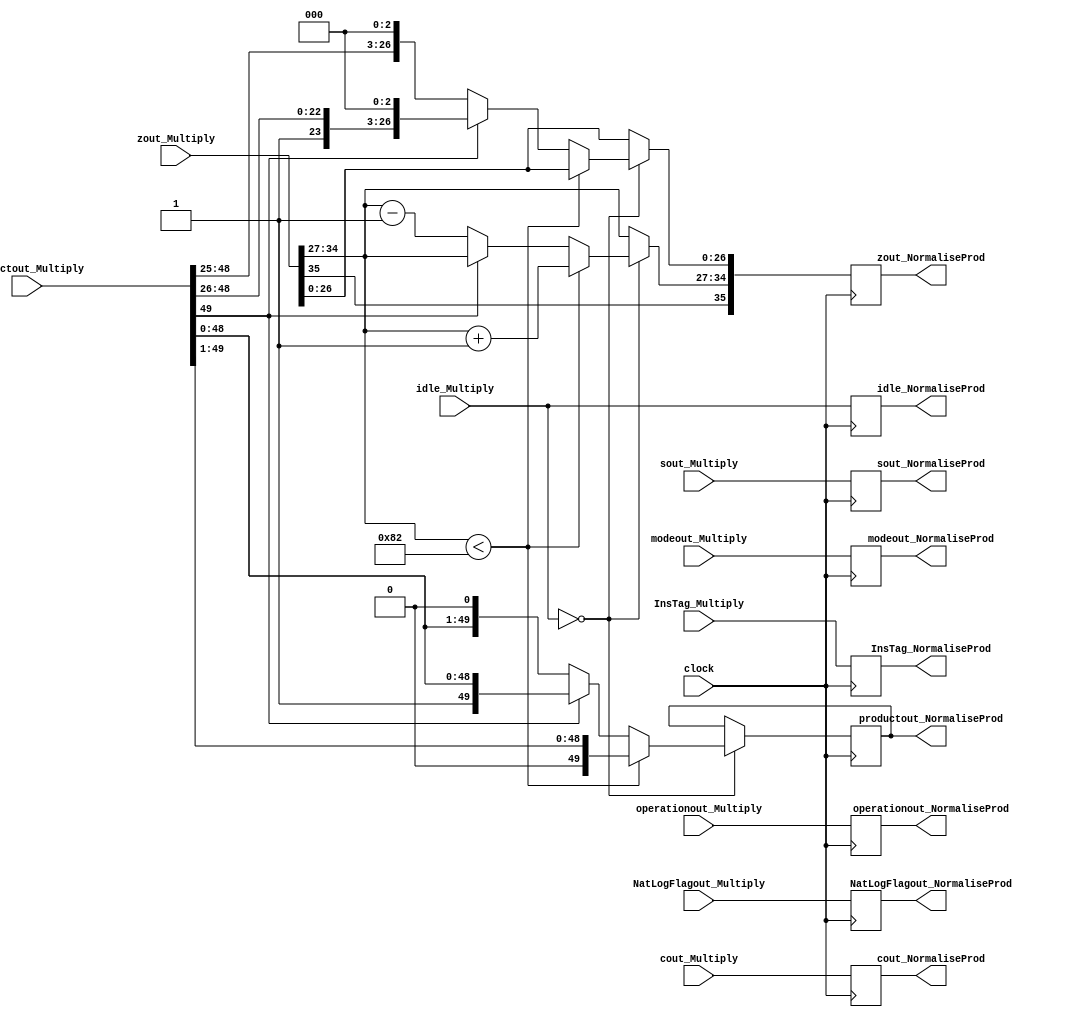
`timescale 1ns / 1ps
//////////////////////////////////////////////////////////////////////////////////
// Company: 
// Engineer: 
// 
// Design Name: 
// Module Name:    NormaliseProd 
// Project Name: 
// Target Devices: 
// Tool versions: 
// Description: 
//
// Dependencies: 
//
// Revision: 
// Revision 0.01 - File Created
// Additional Comments: 
//
//////////////////////////////////////////////////////////////////////////////////
module NormaliseProd(
	input [35:0] cout_Multiply,
	input [35:0] zout_Multiply,
	input [31:0] sout_Multiply,
	input [49:0] productout_Multiply,
	input [1:0] modeout_Multiply,
	input operationout_Multiply,
	input NatLogFlagout_Multiply,
	input [7:0] InsTag_Multiply,
	input clock,
	input [1:0] idle_Multiply,
	output reg [1:0] idle_NormaliseProd,
	output reg [35:0] cout_NormaliseProd,
	output reg [35:0] zout_NormaliseProd,
	output reg [31:0] sout_NormaliseProd,
	output reg [1:0]  modeout_NormaliseProd,
	output reg operationout_NormaliseProd,
	output reg NatLogFlagout_NormaliseProd,
	output reg [49:0] productout_NormaliseProd,
	output reg [7:0] InsTag_NormaliseProd
   );
	 
parameter mode_circular  =2'b01, 
			 mode_linear    =2'b00, 
			 mode_hyperbolic=2'b11;

parameter no_idle = 2'b00,
			 allign_idle = 2'b01,
			 put_idle = 2'b10;

wire z_sign;
wire [7:0] z_exponent;
wire [26:0] z_mantissa;

assign z_sign = zout_Multiply[35];
assign z_exponent = zout_Multiply[34:27];
assign z_mantissa = {zout_Multiply[26:0]};

always @ (posedge clock) begin
	
	InsTag_NormaliseProd <= InsTag_Multiply;
	sout_NormaliseProd <= sout_Multiply;
	cout_NormaliseProd <= cout_Multiply;
	modeout_NormaliseProd <= modeout_Multiply;
	operationout_NormaliseProd <= operationout_Multiply;
	idle_NormaliseProd <= idle_Multiply;
	NatLogFlagout_NormaliseProd <= NatLogFlagout_Multiply;
	
	if (idle_Multiply == no_idle) begin
	
		// This case will never arise. This is because for input with exponent less than -12 multiply isn't used.
		if ($signed(z_exponent) < -126) begin
			zout_NormaliseProd[35] <= z_sign;
         zout_NormaliseProd[34:27] <= z_exponent + 1;
			zout_NormaliseProd[26:0]  <= z_mantissa;
         productout_NormaliseProd <= productout_Multiply >> 1;
		end
			
		// This could be problematic. Will have to test for average number of cycles
		// Current solution is to hard code for all cases like normalisation in addition.
		else if (productout_Multiply[49] == 0) begin
			zout_NormaliseProd[35] <= z_sign;
			zout_NormaliseProd[34:27] <= z_exponent - 1;
			//zout_NormaliseProd[26:0] <= product[48:25];
			zout_NormaliseProd[26:0] <= {productout_Multiply[48:25] , 3'd0};
			productout_NormaliseProd <= productout_Multiply << 1;
		end
		
		else begin
			zout_NormaliseProd[35] <= z_sign;
			zout_NormaliseProd[34:27] <= z_exponent;
			//z_mantissa <= productout_Multiply[49:26];
			zout_NormaliseProd[26:0] <= {productout_Multiply[49:26] , 3'd0};
			productout_NormaliseProd <= productout_Multiply;
		end	
	end
	
	else begin
		zout_NormaliseProd <= zout_Multiply;
	end
	
end

endmodule